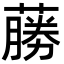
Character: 蕂